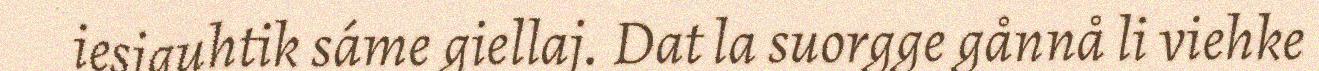
iesjguhtik sáme giellaj. Dat la suorgge gånnå li viehke